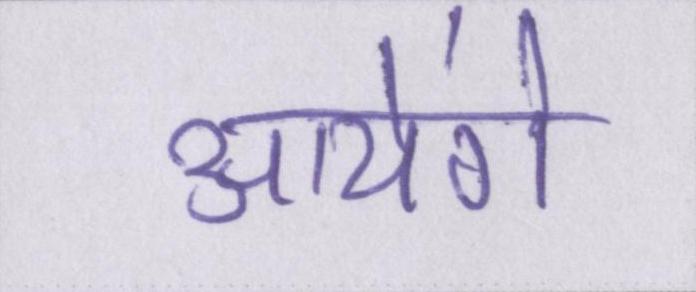
आयेंगे